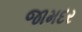
જામદર